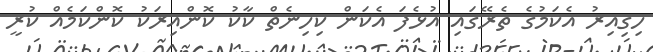
ހިގިއިރު އެކަމުގެ ތެރޭގައި އުޅެފަ އެކަން ކިހިނެތް ކާކު ކޮންއިރަކު ކޮންކަމެއް ކުރީ